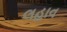
લહાવ